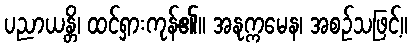
ပညာယန္တိ၊ ထင်ရှားကုန်၏။ အနုက္ကမေန၊ အစဉ်သဖြင့်။